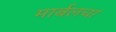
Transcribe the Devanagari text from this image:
मार्बलचा